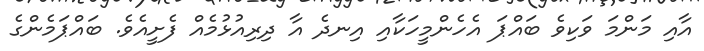
އާއި މަންމަ ވަކިވެ ބައްޕަ އެހެންމީހަކާއި އިނދެ އާ ދިރިއުޅުމެއް ފެށީއެވެ. ބައްޕަމެންގެ